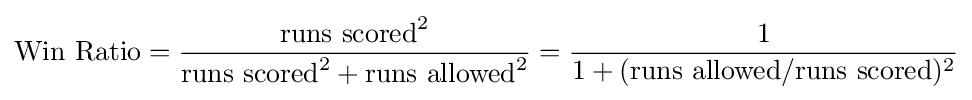
\mathrm {Win\ Ratio} ={\frac {{\text{runs scored}}^{2}}{{\text{runs scored}}^{2}+{\text{runs allowed}}^{2}}}={\frac {1}{1+({\text{runs allowed}}/{\text{runs scored}})^{2}}}